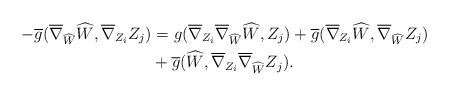
LaTeX: \begin{align*} -\overline{g}(\overline{\nabla}_{\widehat{W}}\widehat{W},\overline{\nabla}_{Z_{i}}Z_{j})&=g(\overline{\nabla}_{Z_{i}}\overline{\nabla}_{\widehat{W}}\widehat{W},Z_{j})+ \overline{g}(\overline{\nabla}_{Z_{i}}\widehat{W},\overline{\nabla}_{\widehat{W}}Z_{j})\\ &+\overline{g}(\widehat{W},\overline{\nabla}_{Z_{i}}\overline{\nabla}_{\widehat{W}}Z_{j}). \end{align*}